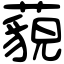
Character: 藐